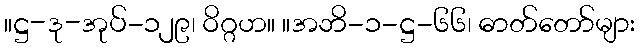
။ဋ္ဌ-ဒု-အုပ်-၁၂၉၊ ဝိဂ္ဂဟ။ ။အဘိ-၁-ဋ္ဌ-၆၆၊ ဓာတ်တော်များ